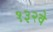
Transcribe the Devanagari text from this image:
१३२वे